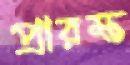
প্রারম্ভ